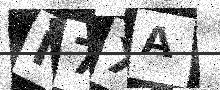
Text: N7XA